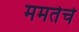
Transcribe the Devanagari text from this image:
ममतेचे